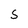
Character: 5